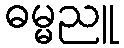
ဓမ္မညူ